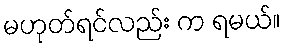
မဟုတ်ရင်လည်း က ရမယ်။